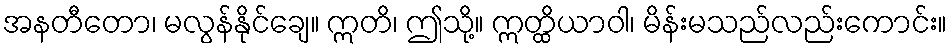
အနတီတော၊ မလွန်နိုင်ချေ။ ဣတိ၊ ဤသို့။ ဣတ္ထိယာဝါ၊ မိန်းမသည်လည်းကောင်း။